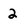
Character: 2